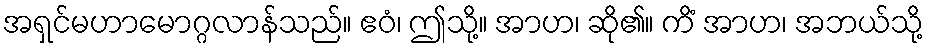
အရှင်မဟာမောဂ္ဂလာန်သည်။ ဧဝံ၊ ဤသို့။ အာဟ၊ ဆို၏။ ကိံ အာဟ၊ အဘယ်သို့